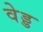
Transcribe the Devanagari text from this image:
वेड्ड